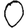
Digit: 0